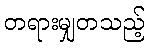
တရားမျှတသည့်